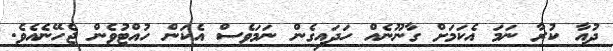
ދުއާ ކުރާ ނަމަ އެކަމަށް ގާނޫނެއް ހަދައިގެން ނަމަވެސް އެކަން ހުއްޓުވެން ޖެހޭނެއެވެ.